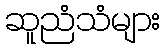
ဆူညံသံများ